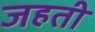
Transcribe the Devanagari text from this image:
जहती